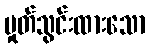
မှုတ်သွင်းထားသော